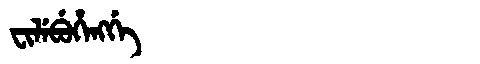
Manchu: ᠸᡳᠯᡝᠪᡠᡥᡝᠩᡤᡝ
Romanization: FILEBUHENGGE